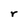
Character: r